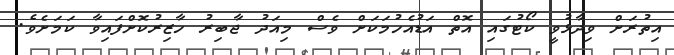
އިތުރަށް ވިދާޅުވީ ކޯޓުގައި އޮތް އަޑުއެހުމަކަށް ވެސް މިއަދު ޖާބިރު ހާޒިރުކޮށްފައިވާ ކަމަށެވެ.